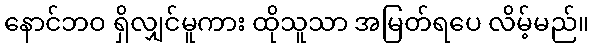
နောင်ဘဝ ရှိလျှင်မူကား ထိုသူသာ အမြတ်ရပေ လိမ့်မည်။